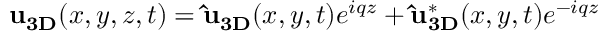
\begin{array} { r } { { \bf u } _ { \bf 3 D } ( x , y , z , t ) = { \bf \widehat { u } } _ { \bf 3 D } ( x , y , t ) e ^ { i q z } + { \bf \widehat { u } } _ { \bf 3 D } ^ { \ast } ( x , y , t ) e ^ { - i q z } } \end{array}